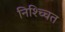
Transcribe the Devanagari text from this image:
निश्च्चित